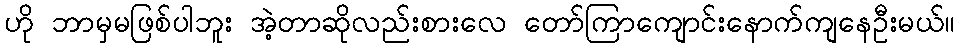
ဟို ဘာမှမဖြစ်ပါဘူး အဲ့တာဆိုလည်းစားလေ တော်ကြာကျောင်းနောက်ကျနေဦးမယ်။